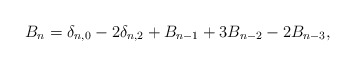
\begin{align*}B_n=\delta_{n,0}-2\delta_{n,2}+B_{n-1}+3B_{n-2}-2B_{n-3},\end{align*}